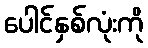
ပေါင်နှစ်လုံးကို